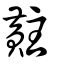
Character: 黈